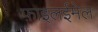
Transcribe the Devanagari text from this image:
फ़ाइलईमेल